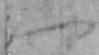
一